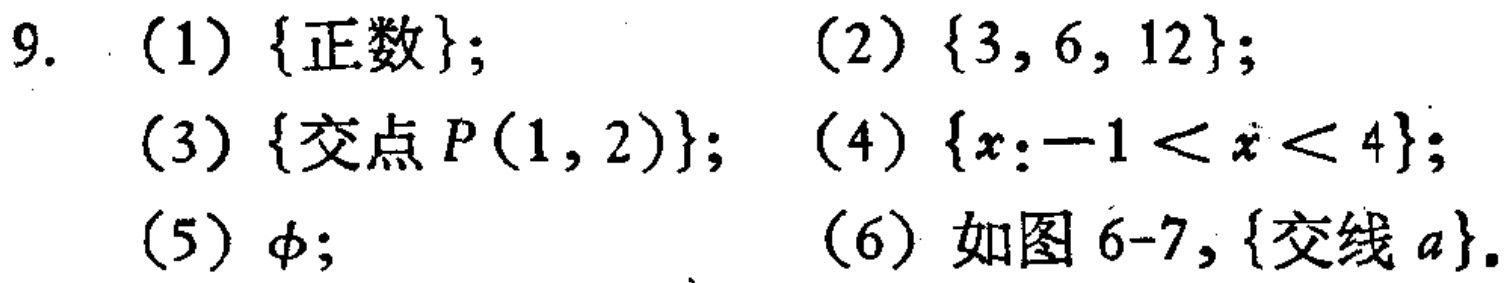
9. (1) \(\{\text{正数}\}\); (2) \(\{3, 6, 12\}\);

(3) \(\{\text{交点 }P(1, 2)\}\); (4) \(\{x:-1 < x < 4\}\);

(5) \(\varnothing\); (6) 如图6-7, \(\{\text{交线 }a\}\).